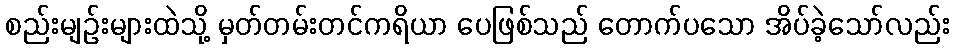
စည်းမျဉ်းများထဲသို့ မှတ်တမ်းတင်ကရိယာ ပေဖြစ်သည် တောက်ပသော အိပ်ခဲ့သော်လည်း